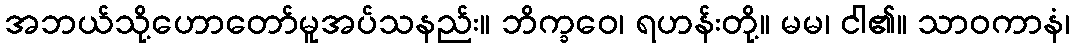
အဘယ်သို့ဟောတော်မူအပ်သနည်း။ ဘိက္ခဝေ၊ ရဟန်းတို့။ မမ၊ ငါ၏။ သာဝကာနံ၊